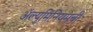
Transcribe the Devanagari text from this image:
ॲल्युमिनियमची